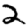
Digit: 2